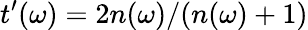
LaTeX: t^{\prime}(\omega)=2n(\omega)/(n(\omega)+1)